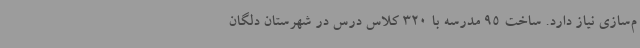
م‌سازی نیاز دارد. ساخت 95 مدرسه با 320 کلاس درس در شهرستان دلگان